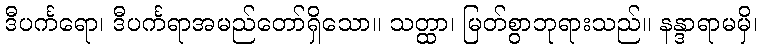
ဒီပင်္ကရော၊ ဒီပင်္ကရာအမည်တော်ရှိသော။ သတ္ထာ၊ မြတ်စွာဘုရားသည်။ နန္ဒာရာမမှိ၊